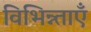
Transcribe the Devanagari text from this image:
विभिन्न्ताएँ